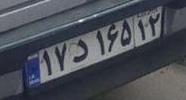
۱۷د۱۶۵۱۲